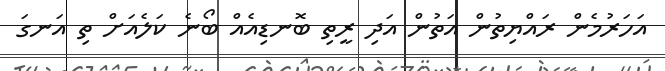
އަހަރުމެން ރައްޔިތުން އަތުން އަދި ރީތި ބޮނޑިއެއް ބޯނެ ކަލެއަށް ތި އަނގަ